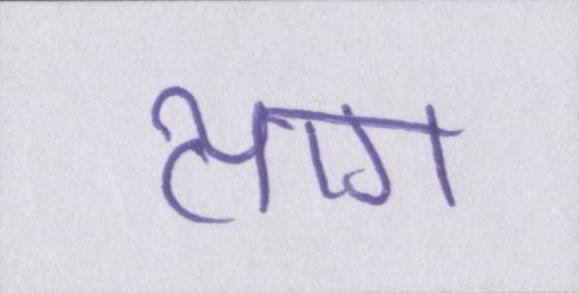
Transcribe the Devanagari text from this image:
त्याग